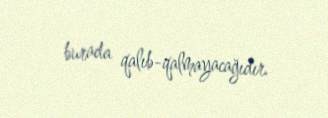
burada qalıb-qalmayacağıdır.